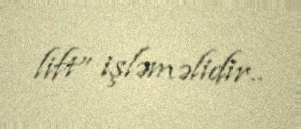
lift” işləməlidir..